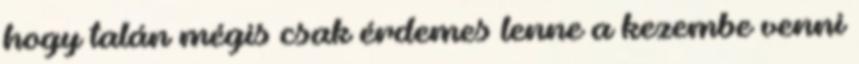
hogy talán mégis csak érdemes lenne a kezembe venni